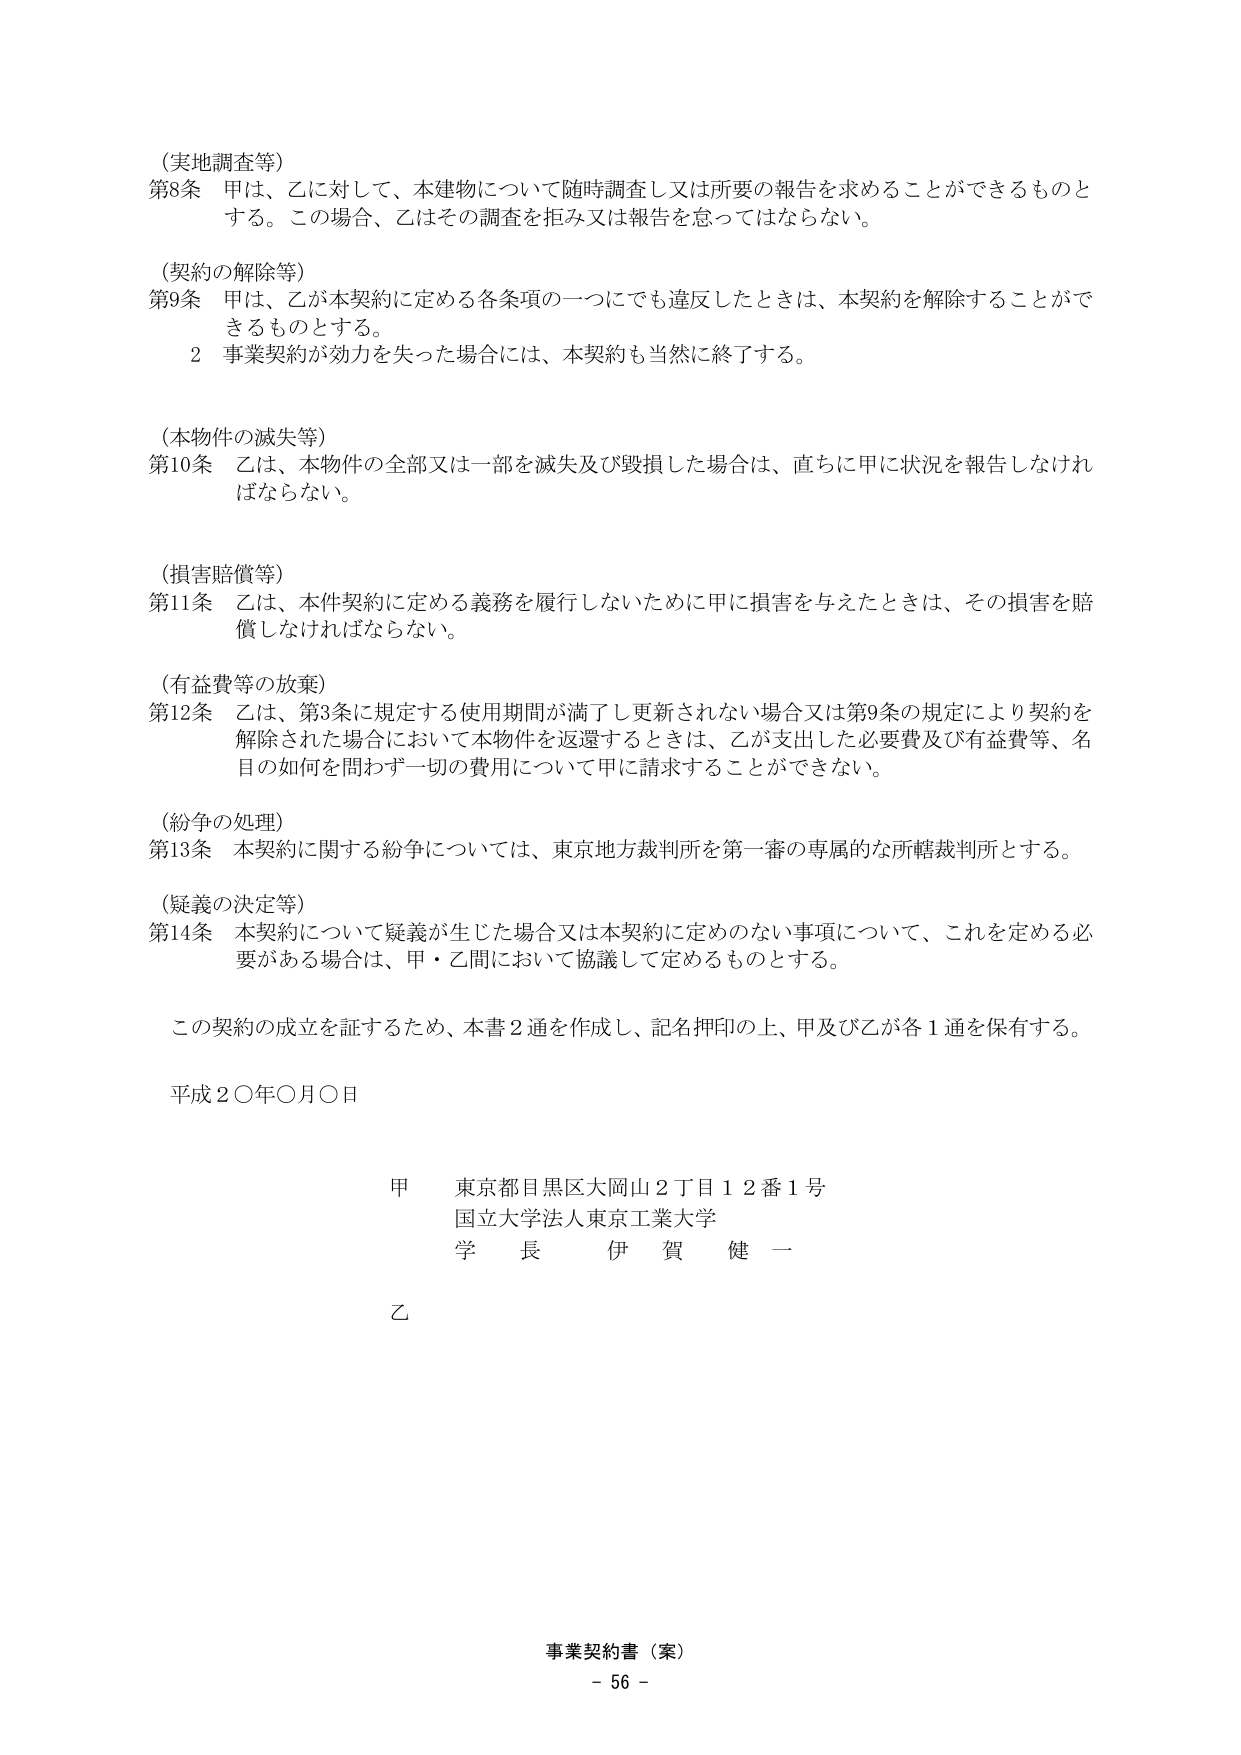
（実地調査等）
第8条 甲は、乙に対して、本建物について随時調査し又は所要の報告を求めることができるものとする。この場合、乙はその調査を拒み又は報告を怠ってはならない。

（契約の解除等）
第9条 甲は、乙が本契約に定める各条項の一つにでも違反したときは、本契約を解除することができるものとする。
　　2 事業契約が効力を失った場合には、本契約も当然に終了する。

（本物件の滅失等）
第10条 乙は、本物件の全部又は一部を滅失及び毀損した場合は、直ちに甲に状況を報告しなければならない。

（損害賠償等）
第11条 乙は、本件契約に定める義務を履行しないために甲に損害を与えたときは、その損害を賠償しなければならない。

（有益費等の放棄）
第12条 乙は、第3条に規定する使用期間が満了し更新されない場合又は第9条の規定により契約を解除された場合において本物件を返還するときは、乙が支出した必要費及び有益費等、名目の如何を問わず一切の費用について甲に請求することができない。

（紛争の処理）
第13条 本契約に関する紛争については、東京地方裁判所を第一審の専属的な所轄裁判所とする。

（疑義の決定等）
第14条 本契約について疑義が生じた場合又は本契約に定めのない事項について、これを定める必要がある場合は、甲・乙間において協議して定めるものとする。

この契約の成立を証するため、本書2通を作成し、記名押印の上、甲及び乙が各1通を保有する。

平成２〇年〇月〇日

甲 東京都目黒区大岡山2丁目12番1号
　　国立大学法人東京工業大学
　　学　長　伊　賀　健　一

乙

事業契約書（案）
－ 56 －